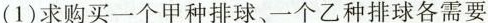
(1)求购买一个甲种排球、一个乙种排球各需要